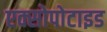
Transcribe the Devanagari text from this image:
एक्सोपोटाइड